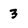
Character: 3